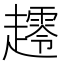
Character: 𰸀